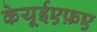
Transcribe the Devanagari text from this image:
केयूईएफ़ए